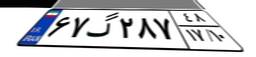
۶۷گ۲۸۷۴۸